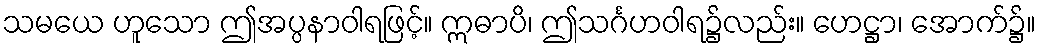
သမယေ ဟူသော ဤအပ္ပနာဝါရဖြင့်။ ဣဓာပိ၊ ဤသင်္ဂဟဝါရ၌လည်း။ ဟေဋ္ဌာ၊ အောက်၌။